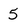
Character: 5